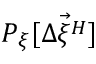
P _ { \xi } [ \vec { \Delta \xi ^ { H } } ]